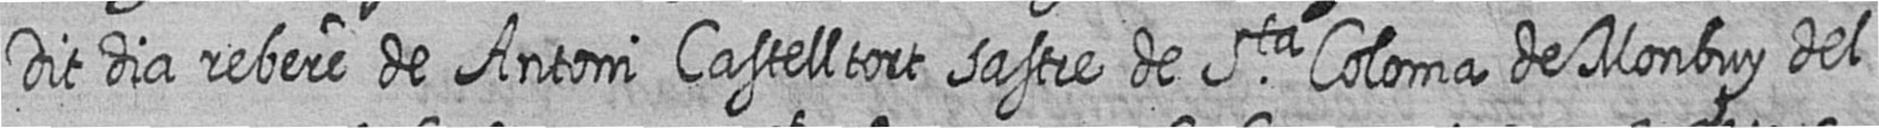
Dit dia rebere de Antoni Castelltort sastre de Sta Coloma de Monbuy del